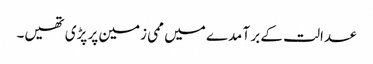
عدالت کے بر آمدے میں ممی زمین پر پڑی تھیں۔